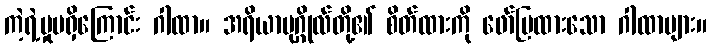
ကဲ့ရဲ့မှုမရှိကြောင်း ဂါထာ။ အရိယာပုဂ္ဂိုလ်တို့၏ စိတ်ထားကို ဖော်ပြထားသော ဂါထာများ။